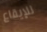
للإيقاع